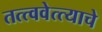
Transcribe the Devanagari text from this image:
तत्त्ववेत्त्याचे